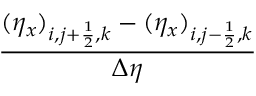
\frac { ( \eta _ { x } ) _ { i , j + \frac { 1 } { 2 } , k } - ( \eta _ { x } ) _ { i , j - \frac { 1 } { 2 } , k } } { \Delta \eta }